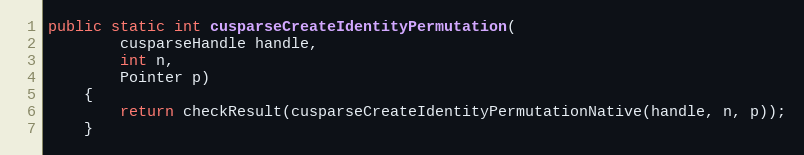
Language: Java
public static int cusparseCreateIdentityPermutation(
        cusparseHandle handle,
        int n,
        Pointer p)
    {
        return checkResult(cusparseCreateIdentityPermutationNative(handle, n, p));
    }